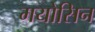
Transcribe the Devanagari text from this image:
मयोसिन